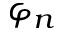
\varphi _ { n }